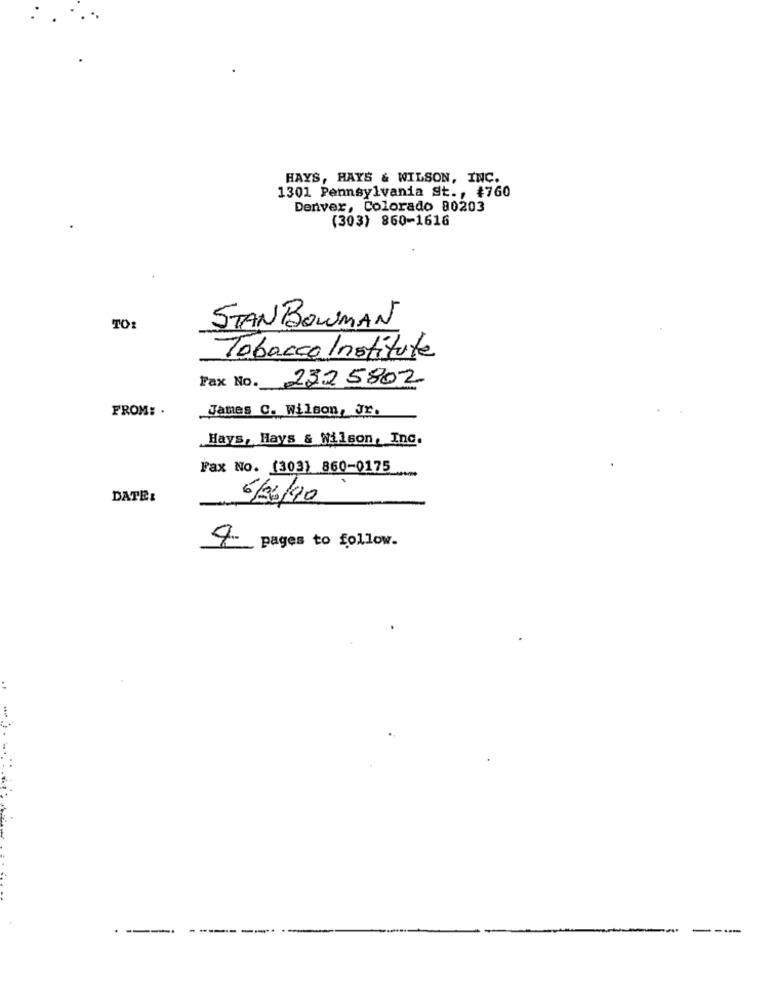
HAYS, HAYS & WILSON, INC.
1301 Pennsylvania St ., $760
Denver, Colorado 80203
(303) 860-1616
TO:
STAN BOWMAN
Tobacco Institute
Fax No. 2325802
FROM: .
James C. Wilson, Jr.
Hays, Hays & Wilson, Inc.
Fax No. (303) 860-0175
DATE:
6/26/90
pages to follow.
---
------